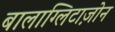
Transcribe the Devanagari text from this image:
बालाग्लिटाज़ोन